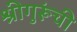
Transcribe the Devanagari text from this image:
श्रीगुरूंची